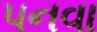
પનવા